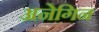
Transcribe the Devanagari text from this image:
अनेगिन